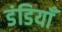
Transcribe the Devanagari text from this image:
डंडियाँ